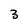
Character: 3